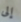
إلى